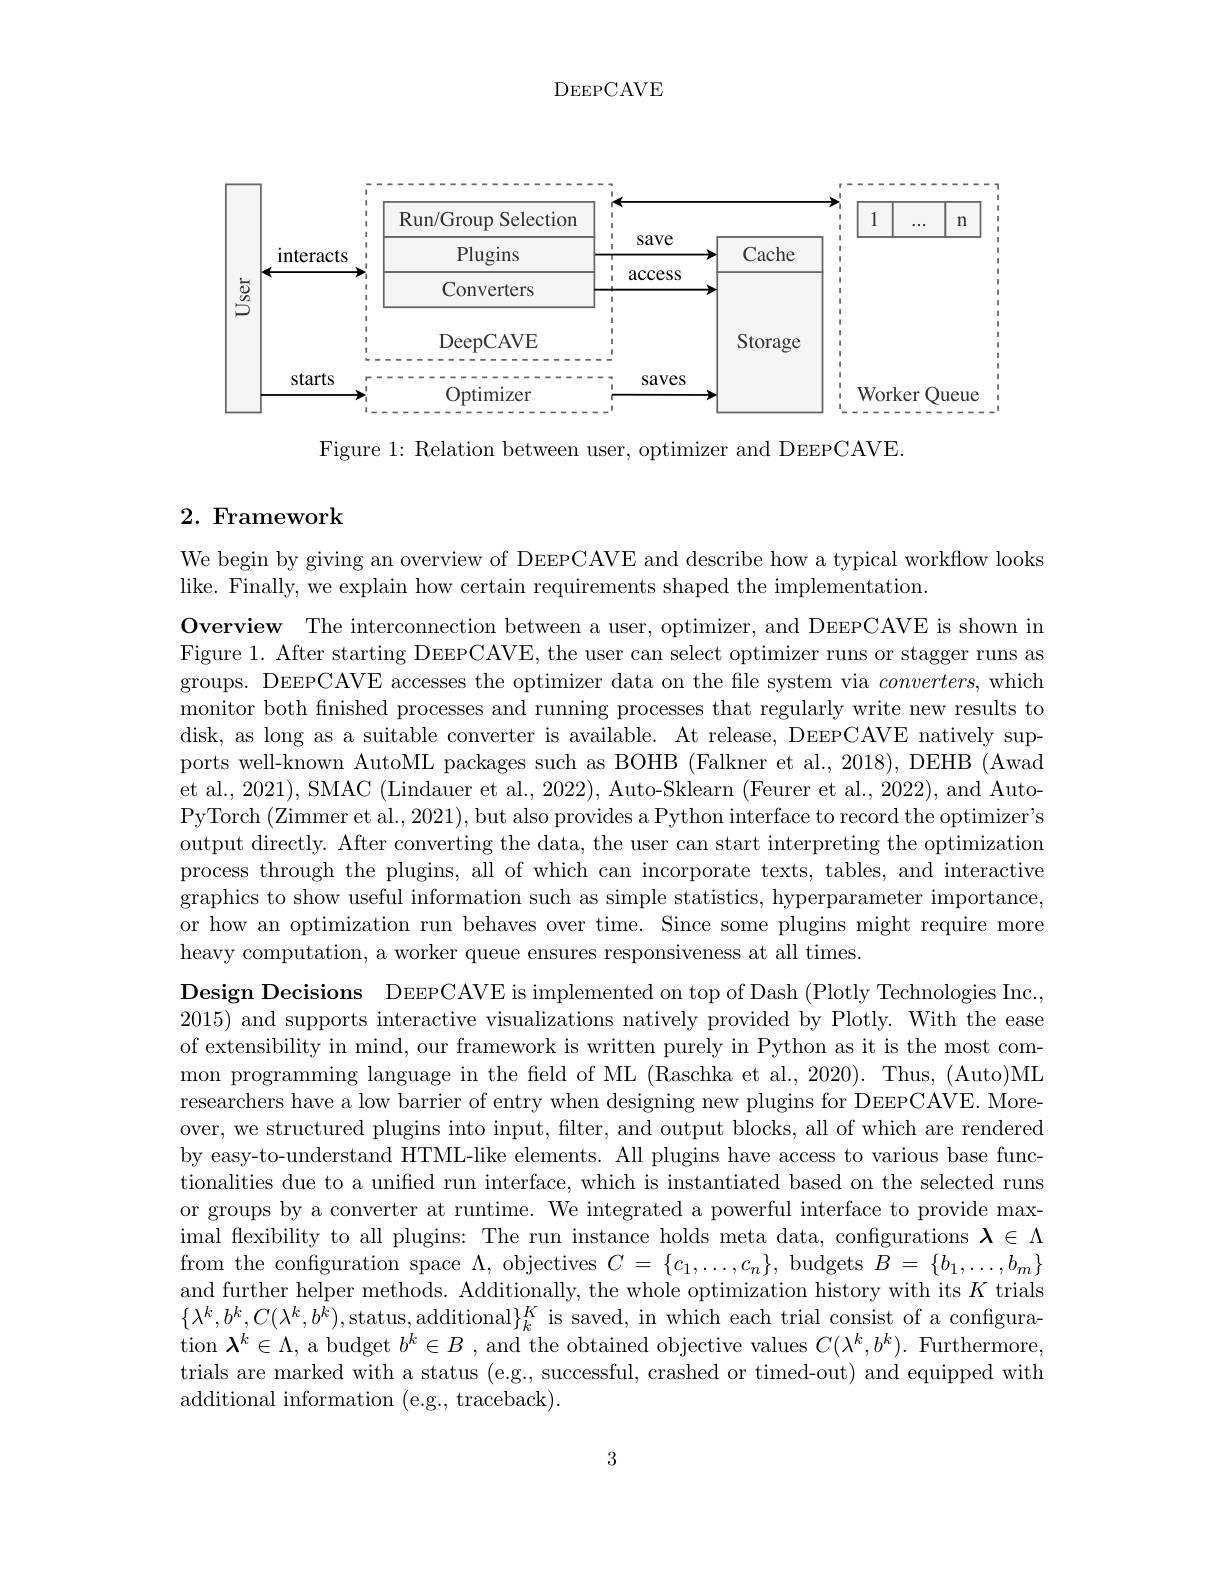
DEEPCAVE

<FigureHere>

Figure 1: Relation between user, optimizer and DEEPCAVE.

### $2. \textbf{ Framework}$

We begin by giving an overview of DEEPCAVE and describe how a typical workflow looks
like. Finally, we explain how certain requirements shaped the implementation.

$\textbf{Overview}$ The interconnection between a user, optimizer, and DEEPCAVE is shown in Figure 1. After starting DEEPCAVE, the user can select optimizer runs or stagger runs as groups. DEEPCAVE accesses the optimizer data on the file system via $converters$, which monitor both finished processes and running processes that regularly write new results to disk, as long as a suitable converter is available. At release, DEEPCAVE natively supports well-known AutoML packages such as BOHB (Falkner et al., 2018), DEHB (Awad et al., 2021), SMAC (Lindauer et al., 2022), Auto-Sklearn (Feurer et al., 2022), and AutoPyTorch (Zimmer et al., 2021), but also provides a Python interface to record the optimizer's output directly. After converting the data, the user can start interpreting the optimization process through the plugins, all of which can incorporate texts, tables, and interactive graphics to show useful information such as simple statistics, hyperparameter importance, or how an optimization run behaves over time. Since some plugins might require more heavy computation, a worker queue ensures responsiveness at all times.

Design Decisions DEEPCAVE is implemented on top of Dash (Plotly Technologies Inc., 2015) and supports interactive visualizations natively provided by Plotly. With the ease of extensibility in mind, our framework is written purely in Python as it is the most common programming language in the feld of ML (Raschka et al., 2020). Thus, (Auto)ML researchers have a low barrier of entry when designing new plugins for DEEPCAVE. Moreover, we structured plugins into input, filter, and output blocks, all of which are rendered by easy-to-understand HTML-like elements. All plugins have access to various base functionalities due to a unified run interface, which is instantiated based on the selected runs or groups by a converter at runtime. We integrated a powerful interface to provide maximal flexibility to all plugins: The run instance holds meta data, configurations $\boldsymbol{\lambda}\in\Lambda$ from the configuration space $\Lambda$, objectives $C=\{c_1,\ldots,c_n\}$, budgets $B=\{b_1,\ldots,b_m\}$ and further helper methods. Additionally, the whole optimization history with its $K$ trials $\{\lambda^k,b^k,C(\lambda^k,b^k)$,status,additional$\}_k^K$ is saved, in which each trial consist of a configuration $\boldsymbol{\lambda}^k\in\Lambda$, a budget $b^k\in B$ , and the obtained objective values $C(\lambda^k,b^k).$ Furthermore, trials are marked with a status (e.g., successful, crashed or timed-out) and equipped with additional information (e.g., traceback).

3